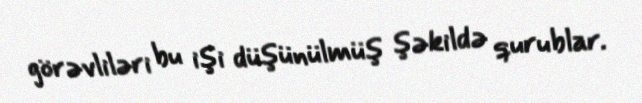
görəvliləri bu işi düşünülmüş şəkildə qurublar.